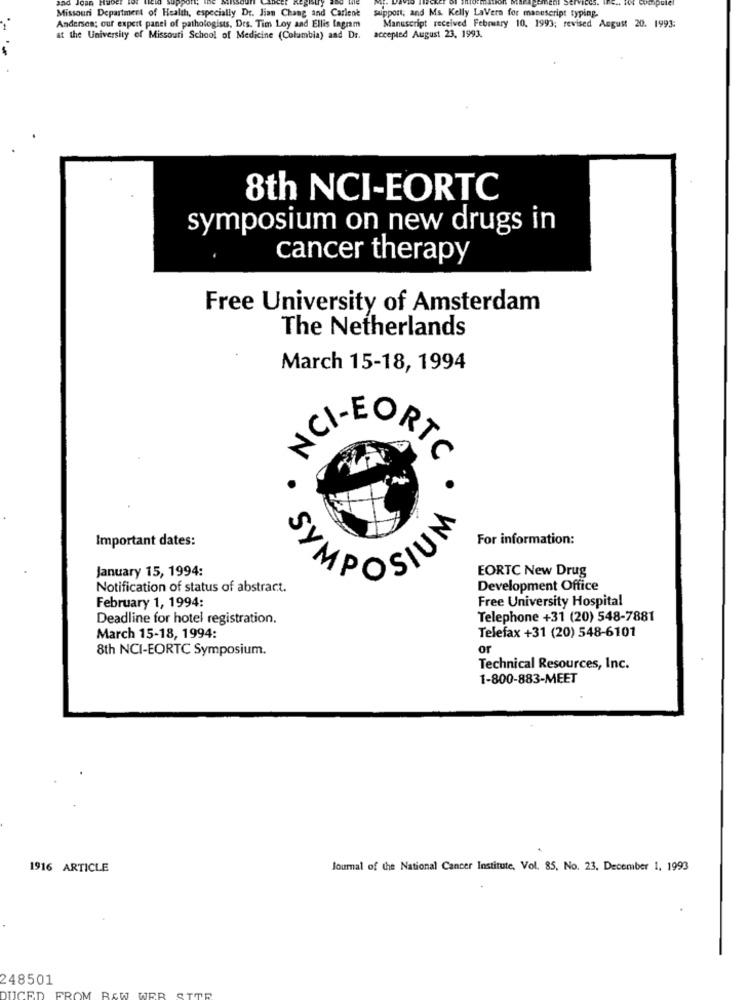
Missouri Department of Health, especially Dr. Jian Chang and Carlent
support, and Ms. Kelly LaVern for manuscript typing.
Anderson: our expert panel of pathologists. Des. Tim Loy and Ellis lagram
Manuscript received February 10. 1993; revised August 20. 1993:
at the University of Missouri School of Medicine (Columbia) and Dr. accepted August 23, 1993.
8th NCI-EORTC
symposium on new drugs in
cancer therapy
Free University of Amsterdam
The Netherlands
March 15-18, 1994
ORTC
Important dates:
For information:
January 15, 1994:
EORTC New Drug
SYMPOSIUM
Notification of status of abstract.
Development Office
Free University Hospital
February 1, 1994:
Deadline for hotel registration.
Telephone +31 (20) 548-7881
March 15-18, 1994:
Telefax +31 (20) 548-6101
8th NCI-EORTC Symposium.
or
Technical Resources, Inc.
1-800-883-MEET
1916 ARTICLE
Journal of the National Cancer Institute, Vol. 85, No. 23. December 1, 1993
248501
JER
UCE